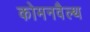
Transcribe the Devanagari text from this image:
कोमनवैल्थ